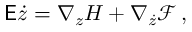
\begin{array} { r } { \mathsf { E } \dot { z } = \nabla _ { z } H + \nabla _ { \dot { z } } \mathcal { F } \, , } \end{array}